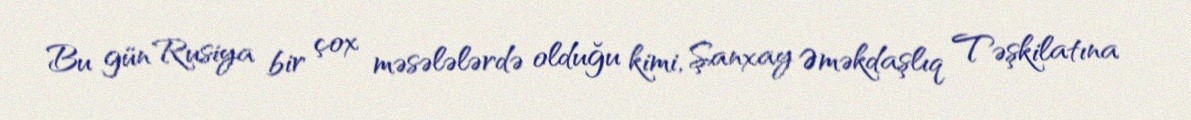
Bu gün Rusiya bir çox məsələlərdə olduğu kimi, Şanxay Əməkdaşlıq Təşkilatına